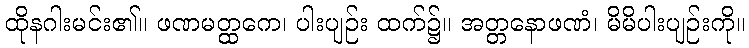
ထိုနဂါးမင်း၏။ ဖဏမတ္ထကေ၊ ပါးပျဉ်း ထက်၌။ အတ္တနောဖဏံ၊ မိမိပါးပျဉ်းကို။